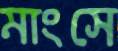
মাংসে